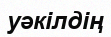
уәкілдің